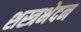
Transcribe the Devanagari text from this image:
शस्त्रभेदन